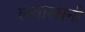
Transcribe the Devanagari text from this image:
लवास्सनी